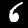
Label: 6